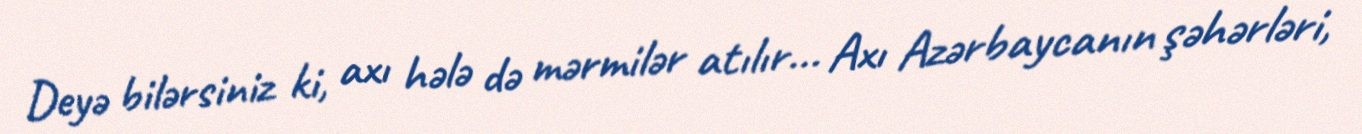
Deyə bilərsiniz ki, axı hələ də mərmilər atılır... Axı Azərbaycanın şəhərləri,